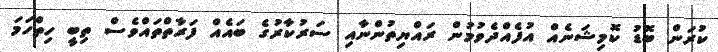
ކުރަން ބޮޑު ކޮމިޝަނެއް އުފެއްދެވުމުން ރައްޔިތުންނާއި ސަރުކާރުގެ ބައެއް ފަރާތްތައްވެސް ތިބީ ހިތްހަމަ